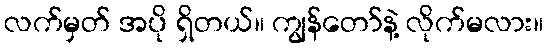
လက်မှတ် အပို ရှိတယ်။ ကျွန်တော်နဲ့ လိုက်မလား။